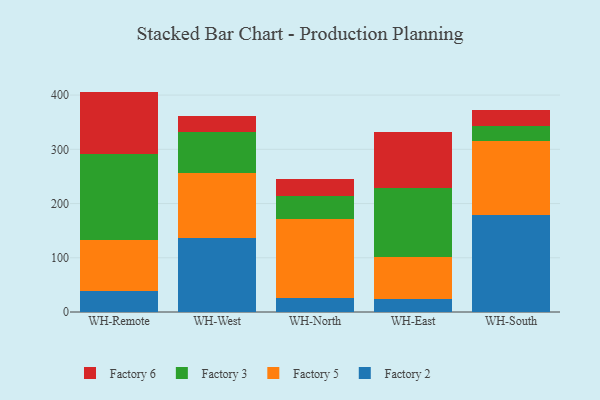
{"axis": {"x": "Warehouse", "y": "Population (Million)"}, "legend": ["Factory 2", "Factory 3", "Factory 5", "Factory 6"], "data": [{"x": "WH-Remote", "y": 39.2, "type": "Factory 2"}, {"x": "WH-Remote", "y": 93.4, "type": "Factory 5"}, {"x": "WH-Remote", "y": 159.3, "type": "Factory 3"}, {"x": "WH-Remote", "y": 114.5, "type": "Factory 6"}, {"x": "WH-West", "y": 137.3, "type": "Factory 2"}, {"x": "WH-West", "y": 119.9, "type": "Factory 5"}, {"x": "WH-West", "y": 74.4, "type": "Factory 3"}, {"x": "WH-West", "y": 29.7, "type": "Factory 6"}, {"x": "WH-North", "y": 25.1, "type": "Factory 2"}, {"x": "WH-North", "y": 146.7, "type": "Factory 5"}, {"x": "WH-North", "y": 41.5, "type": "Factory 3"}, {"x": "WH-North", "y": 32.5, "type": "Factory 6"}, {"x": "WH-East", "y": 23.5, "type": "Factory 2"}, {"x": "WH-East", "y": 77.2, "type": "Factory 5"}, {"x": "WH-East", "y": 128.6, "type": "Factory 3"}, {"x": "WH-East", "y": 102.7, "type": "Factory 6"}, {"x": "WH-South", "y": 179.2, "type": "Factory 2"}, {"x": "WH-South", "y": 136.0, "type": "Factory 5"}, {"x": "WH-South", "y": 26.9, "type": "Factory 3"}, {"x": "WH-South", "y": 29.5, "type": "Factory 6"}]}